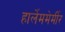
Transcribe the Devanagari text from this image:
हार्लेममेर्मीर